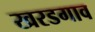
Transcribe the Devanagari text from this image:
खरडगाव